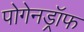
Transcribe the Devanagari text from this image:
पोगेनड्रॉफ